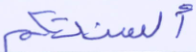
ألسنتكم